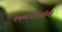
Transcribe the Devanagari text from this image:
लमनॉसॉव्ह